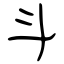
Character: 斗